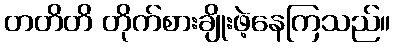
တတိတိ တိုက်စားချိုးဖဲ့နေကြသည်။